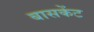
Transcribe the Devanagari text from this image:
बासकेंट